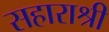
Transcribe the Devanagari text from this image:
सहाराश्री